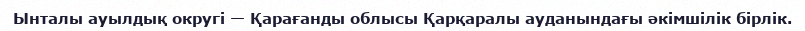
Ынталы ауылдық округі — Қарағанды облысы Қарқаралы ауданындағы әкімшілік бірлік.